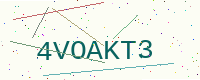
Text: 4VOAKT3